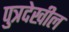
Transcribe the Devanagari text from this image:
पुत्रदेखील